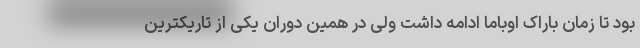
بود تا زمان باراک اوباما ادامه داشت ولی در همین دوران یکی از تاریکترین